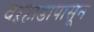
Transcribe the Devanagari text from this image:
वऱ्हाडापासून